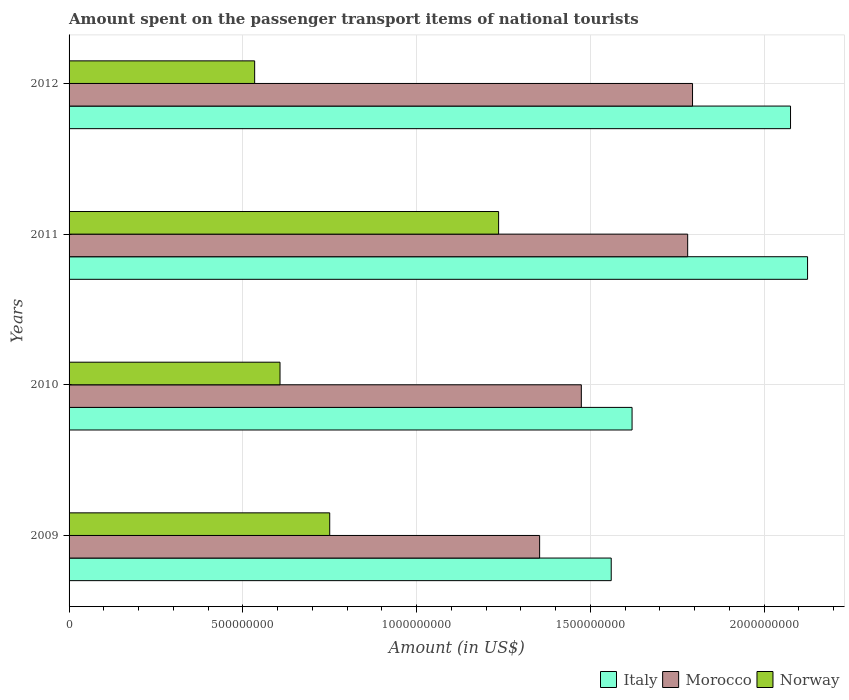
| Years | Italy | Morocco | Norway |
 | --- | --- | --- | --- |
 | 2009 | 1.56e+09 | 1.35e+09 | 7.5e+08 |
 | 2010 | 1.62e+09 | 1.47e+09 | 6.07e+08 |
 | 2011 | 2.12e+09 | 1.78e+09 | 1.24e+09 |
 | 2012 | 2.08e+09 | 1.79e+09 | 5.34e+08 |